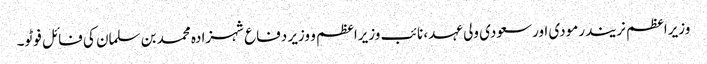
وزیراعظم نریندرمودی اورسعودی ولی عہد، نائب وزیراعظم و وزیر دفاع شہزادہ محمد بن سلمان کی فائل فوٹو۔